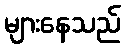
များနေသည်